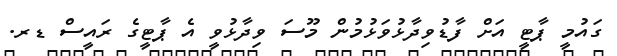
ގައުމީ ޕާޓީ އަށް ފާޑުވިދާޅުވަޅުމުން މޫސަ ވިދާޅުވީ އެ ޕާޓީގެ ރައީސް ޑރ.